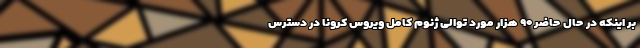
بر اینکه در حال حاضر ۹۰ هزار مورد توالی ژنوم کامل ویروس کرونا در دسترس